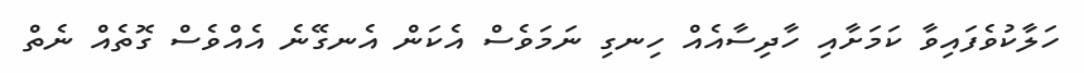
ހަލާކުވެފައިވާ ކަމަށާއި ހާދިސާއެއް ހިނގި ނަމަވެސް އެކަން އެނގޭނެ އެއްވެސް ގޮތެއް ނެތް